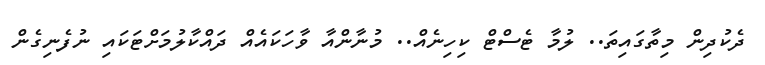
ދެކުދިން މިތާގައިތަ.. ލުމާ ޓެސްޓް ކިހިނެއް.. މުނާންއާ ވާހަކައެއް ދައްކާލުމަށްޓަކައި ނުފެނިގެން